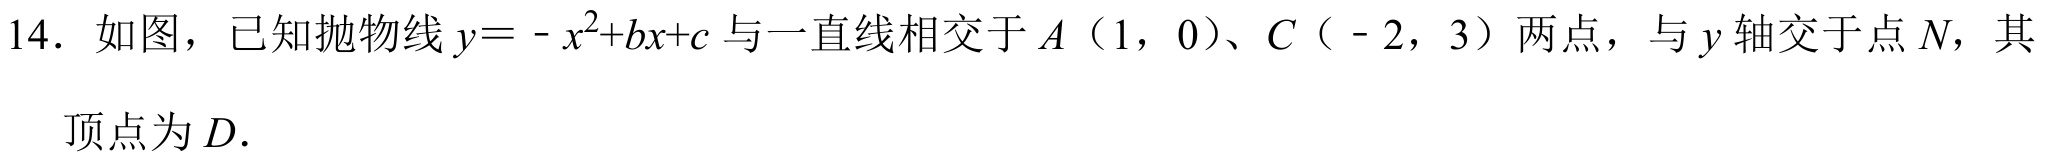
14. 如图，已知抛物线\(y = -x^{2}+bx + c\)与一直线相交于\(A\)（\(1\)，\(0\)）、\(C\)（\(-2\)，\(3\)）两点，与\(y\)轴交于点\(N\)，其顶点为\(D\).